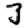
Digit: 3